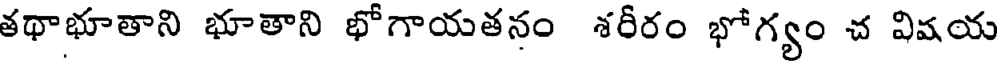
తథాభూతాని భూతాని భోగాయతనం శరీరం భోగ్యం చ విషయ